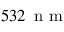
5 3 2 \, \mathrm { ~ n ~ m ~ }